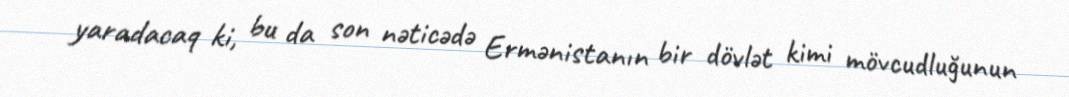
yaradacaq ki, bu da son nəticədə Ermənistanın bir dövlət kimi mövcudluğunun